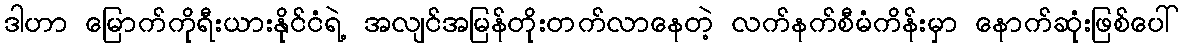
ဒါဟာ မြောက်ကိုရီးယားနိုင်ငံရဲ့ အလျင်အမြန်တိုးတက်လာနေတဲ့ လက်နက်စီမံကိန်းမှာ နောက်ဆုံးဖြစ်ပေါ်